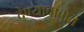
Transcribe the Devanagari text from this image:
देण्याबाबात